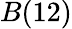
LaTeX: B(12)